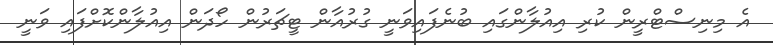
އެ މިނިސްޓްރީން ކުރި އިއުލާންގައި ބުނެފައިވަނީ ގުރުއާން ޓީޗަރުން ހޯދަން އިއުލާންކޮށްފައި ވަނީ